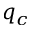
q _ { c }